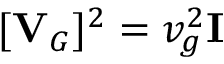
[ { \bf V } _ { G } ] ^ { 2 } = v _ { g } ^ { 2 } { \bf I }